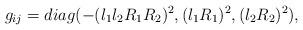
LaTeX: \begin{align*}g_{ij}=diag(-(l_{1}l_{2}R_{1}R_{2})^{2}, (l_{1}R_{1})^{2},(l_{2}R_{2})^{2}),\end{align*}